Report of the King Institute of Preventive Medicine, Guindy
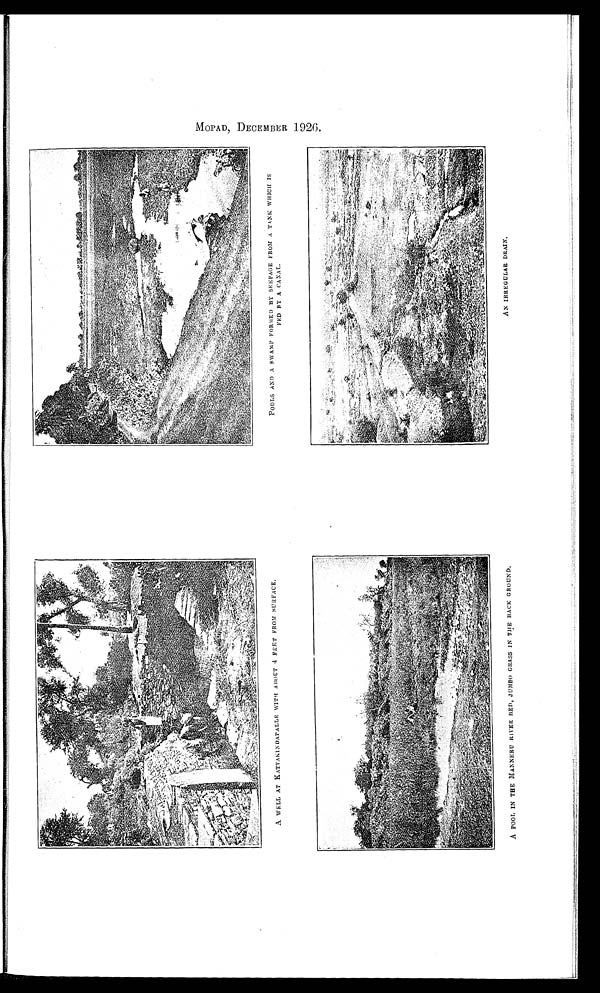
A POOL IN THE MANNERU RIVER BED, JUMBO GRASS IN THE BACK GROUND.
A N I R R E G U L A R D R A I N .
A WELL AT KATTAKINDAPALLE WITH ABOUT 4 FEET FROM SURFACE.
POOLS AND A SWAMP FORMED BY SEEPAGE FROM A TANK WHICH IS
FED BY A CANAL.
E